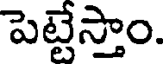
పెట్టేస్తాం.